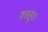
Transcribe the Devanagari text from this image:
मशहूर।